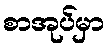
စာအုပ်မှာ